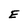
Character: E